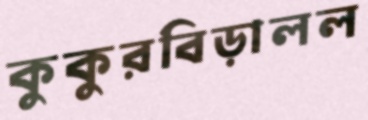
কুকুরবিড়ালল